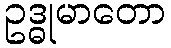
ဥဒ္ဓုမာတော